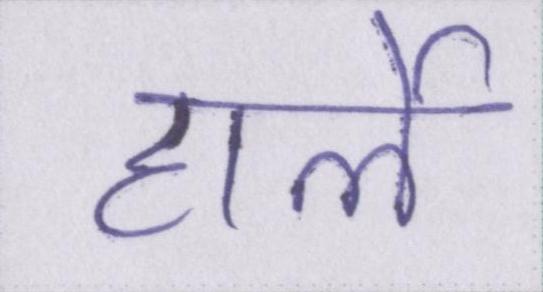
हार्ले